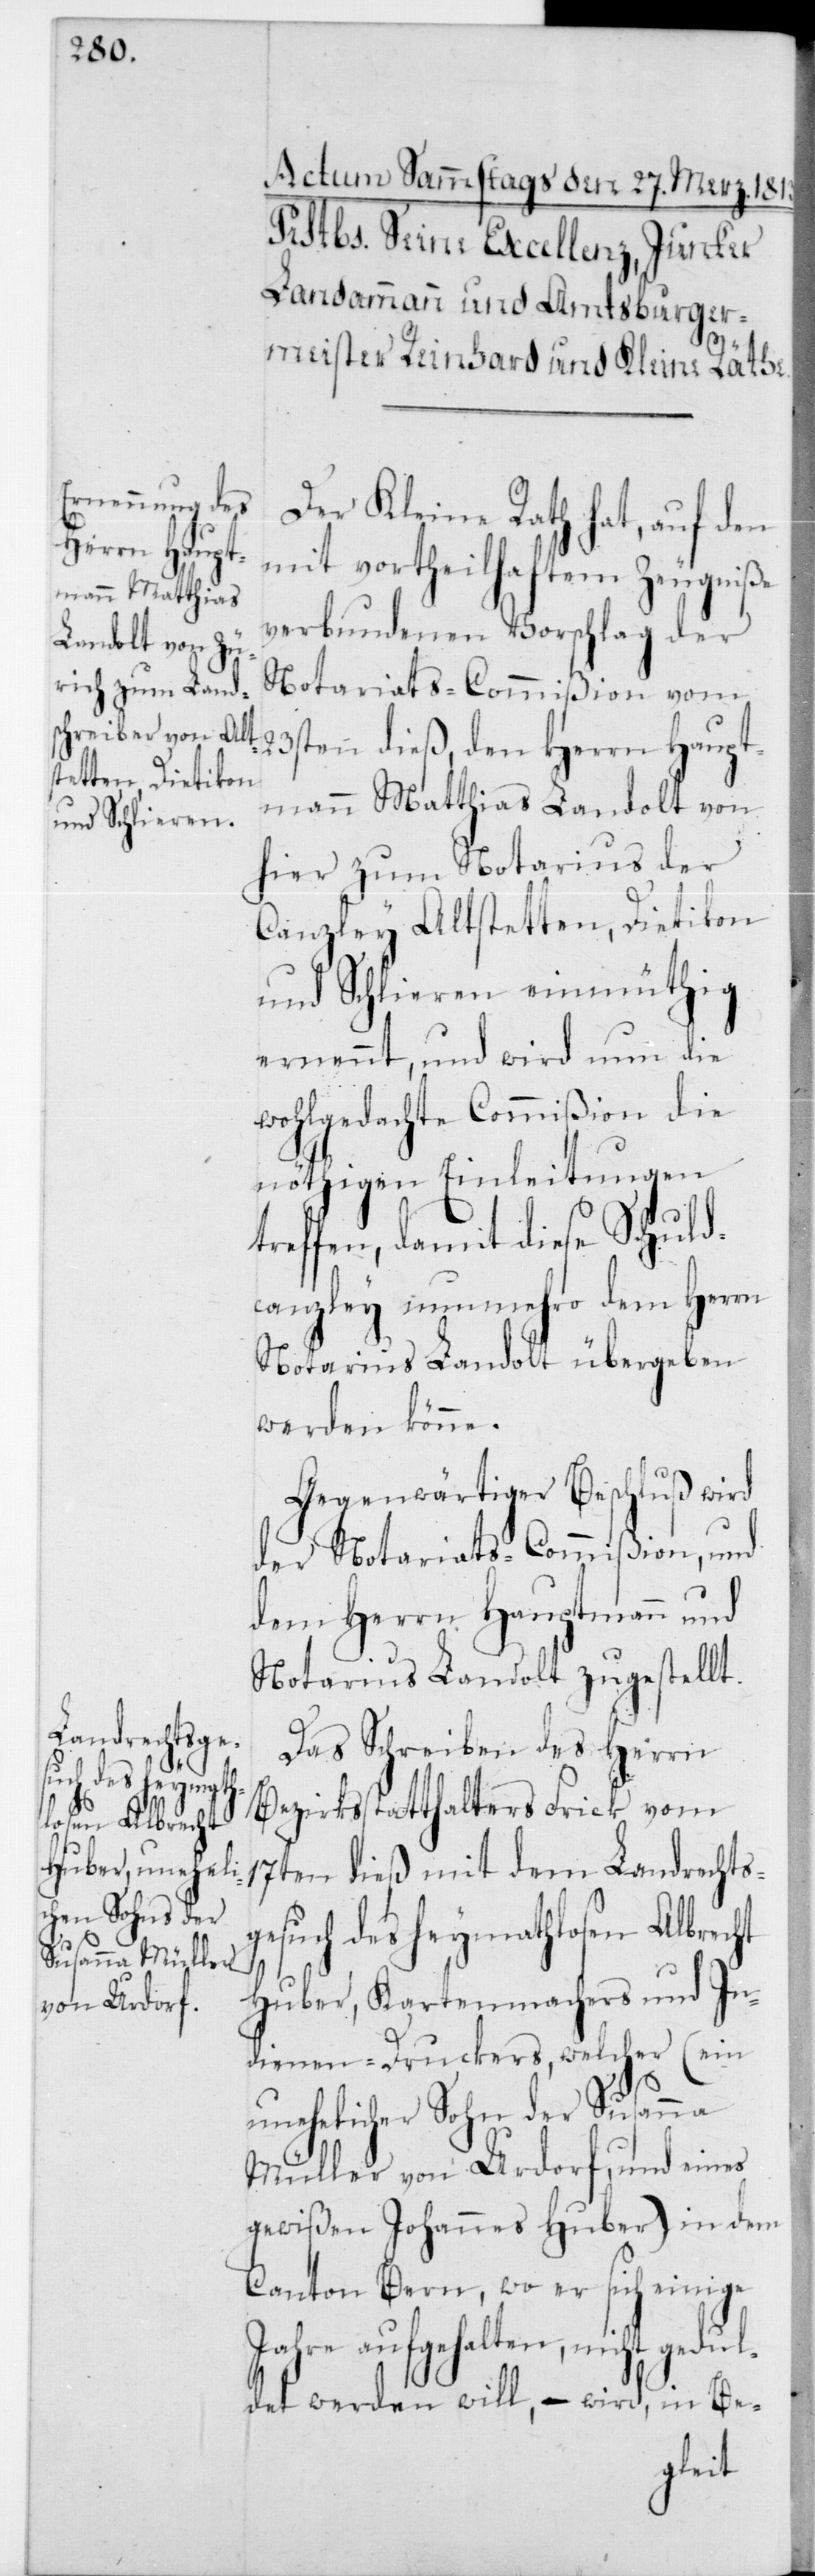
mann Matthias
Landolt von

Der Kleine Rath hat, auf den
mit vortheilhaftem Zeugniße
verbundenen Vorschlag der
Notariats-Commißion vom
23sten dieß, den Herrn Haupt¬
hier zum Notarius der
Canzley Altstetten, Dietikon
und Schlieren einmüthig
ernennt, und wird nun die
wohlgedachte Commißion die
nöthigen Einleitungen
treffen, damit diese Schuld¬
canzley nunmehro dem Herrn
Notarius Landolt übergeben
werden könne.
Gegenwärtiger Beschluß wird
der Notariats-Commißion und
dem Herrn Hauptmann und
Notarius Landolt zugestellt.
Das Schreiben des Herrn
Bezirksstatthalters Frick vom
17ten dieß mit dem Landrechts¬
gesuch des heymathlosen Albrecht
Huber, Kartenmachers und In¬
dienen-Druckers, welcher (ein
unehelicher Sohn der Susanna
Müller von Urdorf, und eines
gewißen Johannes Huber) in dem
Canton Bern, wo er sich einige
Jahre aufgehalten, nicht gedul¬
det werden will, – wird in Be-